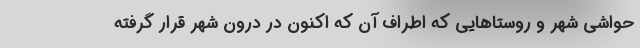
حواشی شهر و روستاهایی که اطراف آن که اکنون در درون شهر قرار گرفته